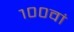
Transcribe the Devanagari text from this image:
१००वां